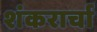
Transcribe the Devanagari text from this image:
शंकरार्चा